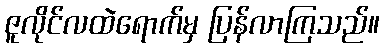
ဇူလိုင်လထဲရောက်မှ ပြန်လာကြသည်။